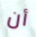
أن